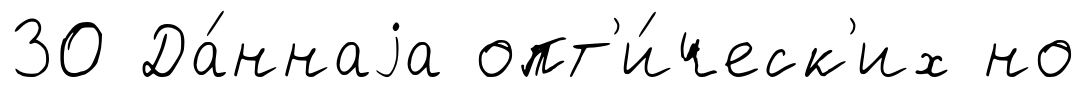
30 Да́ннаjа опт'и́ческ'их но